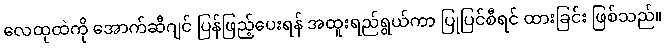
လေထုထဲကို အောက်ဆီဂျင် ပြန်ဖြည့်ပေးရန် အထူးရည်ရွယ်ကာ ပြုပြင်စီရင် ထားခြင်း ဖြစ်သည်။